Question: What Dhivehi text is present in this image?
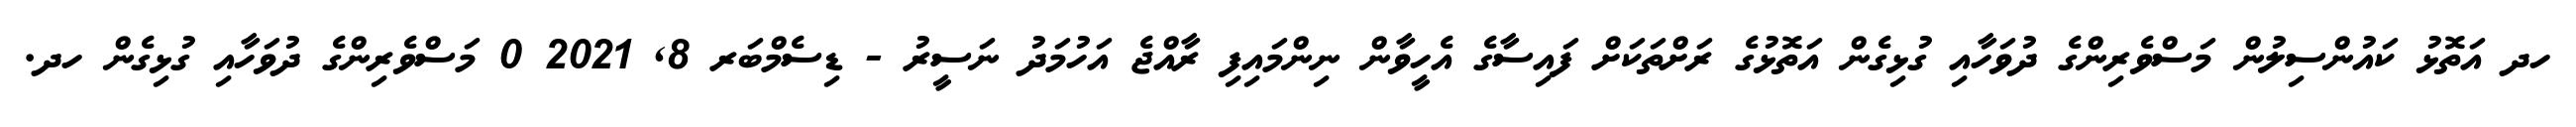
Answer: ހދ އަތޮޅު ކައުންސިލުން މަސްވެރިންގެ ދުވަހާއި ގުޅިގެން އަތޮޅުގެ ރަށްތަކަށް ފައިސާގެ އެހީވާން ނިންމައިފި ރާއްޖެ އަހުމަދު ނަސީރު - ޑިސެމްބަރ 8, 2021 0 މަސްވެރިންގެ ދުވަހާއި ގުޅިގެން ހދ.